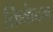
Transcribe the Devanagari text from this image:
क्रिकेटम